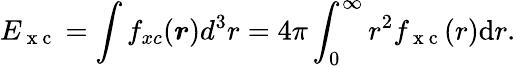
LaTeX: E_{\mathrm{~x~c~}}=\int f_{xc}(\boldsymbol{r})d^{3}r=4\pi\int_{0}^{\infty}r^{2}f_{\mathrm{~x~c~}}(r)\mathrm{d}r.